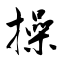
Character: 操